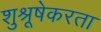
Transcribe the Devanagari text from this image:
शुश्रूषेकरता